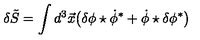
\delta \tilde { S } = \int d ^ { 3 } \vec { x } \bigl ( \delta \phi \star \dot { \phi } ^ { \ast } + \dot { \phi } \star \delta \phi ^ { \ast } \bigr )